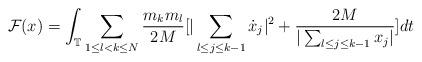
LaTeX: \begin{align*}\mathcal{{F}}(x) = \int_{\mathbb{T}}{ \sum_{1 \leq l<k \leq N}\frac{m_k m_l}{2M} {[{ |\sum_{l \leq j \leq k-1}\dot{x}_j|^2}+ \frac{2M }{|\sum_{l \leq j \leq k-1}{x}_j|}]} dt}\end{align*}